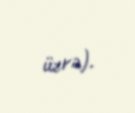
üzrə).